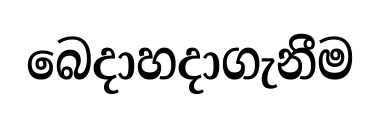
බෙදාහදාගැනීම